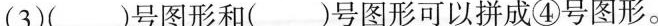
(3)( )号图形和( )号图形可以拼成④号图形。